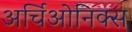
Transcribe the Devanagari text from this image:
अर्चिओनिक्स